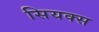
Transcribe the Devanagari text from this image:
सियक्स